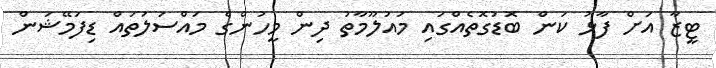
ޓީޒާ އަށް ފާޅު ކަން ބޮޑުގޮތެއްގައި މައުލޫމާތު ދިން މީހުންގެ މައްސަލަތައް ޑިފަމޭޝަން